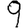
Digit: 9